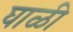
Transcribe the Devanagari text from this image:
घाळी